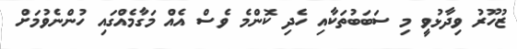
ޒުހޫރު ވިދާޅުވީ މި ސަބަބުތަކާއި ހެދި ކޮންމެ ވެސް އެއް މަގާމެއްގައި ހުންނެވުމަށް